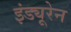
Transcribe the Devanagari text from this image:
इंड्यूरेन